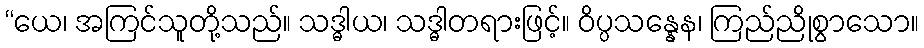
“ယေ၊ အကြင်သူတို့သည်။ သဒ္ဓါယ၊ သဒ္ဓါတရားဖြင့်။ ဝိပ္ပသန္နေန၊ ကြည်ညိုစွာသော။